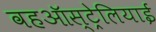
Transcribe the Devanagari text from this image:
वहऑस्ट्रेलियाई